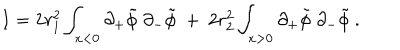
{ I } = 2 r _ { 1 } ^ { 2 } \int _ { x < 0 } \partial _ { + } \tilde { \phi } \; \partial _ { - } \tilde { \phi } \ + \ 2 r _ { 2 } ^ { 2 } \int _ { x > 0 } \partial _ { + } \tilde { \phi } \; \partial _ { - } \tilde { \phi } \ .